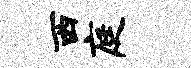
西庭